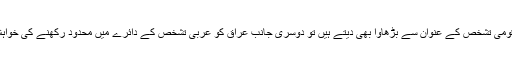
لیکن عراق میں اس کی اس سوچ کو سراہنے والوں کی کمی نہیں جو اسے وطنیت اور قومی تشخص کے عنوان سے بڑھاوا بھی دیتے ہیں تو دوسری جانب عراق کو عربی تشخص کے دائرے میں محدود رکھنے کی خواہش رکھنے والے خلیجی عرب ملکوں کے لئے بھی یہ ایک لبھانے دینے والی سوچ ہے۔